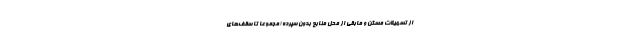
از تسهیلات مسکن و مابقی از محل منابع بدون سپرده (مجموعاً تا سقف‌های